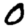
Digit: 0